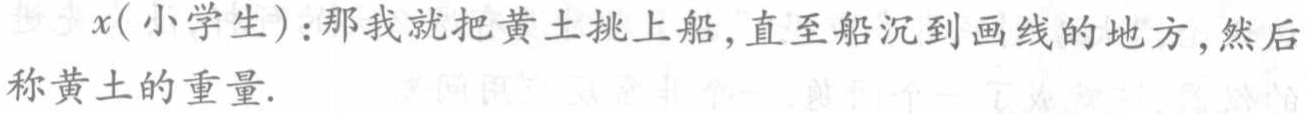
\(x(小学生)：那我就把黄土挑上船，直至船沉到画线的地方，然后称黄土的重量.\)